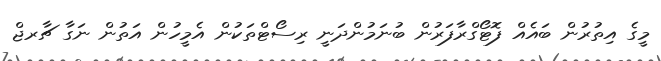
މީގެ އިތުރުން ބައެއް ފޮޓޯގްރާފަރުން ބުނަމުންދަނީ ރިސޯޓްތަކުން އެމީހުން އަތުން ނަގާ ޗާރޖް